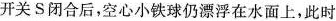
开关S闭合后，空心小铁球仍漂浮在水面上，此时